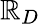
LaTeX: \mathbb{R}_{D}